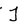
Character: T